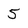
Character: 5